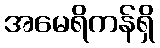
အမေရိကန်ရှိ